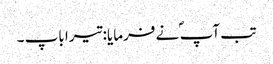
تب آپ ؐ نے فرمایا: تیرا باپ ۔